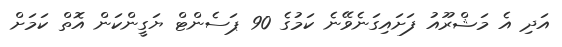
އަދި އެ މަޝްރޫއު ފަށައިގަނެވޭނެ ކަމުގެ 90 ޕަސެންޓް ޔަގީންކަން އޮތް ކަމަށް